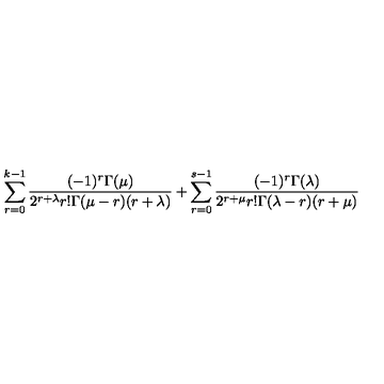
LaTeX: \sum _ { r = 0 } ^ { k - 1 } \frac { ( - 1 ) ^ { r } \Gamma ( \mu ) } { 2 ^ { r + \lambda } r ! \Gamma ( \mu - r ) ( r + \lambda ) } + \sum _ { r = 0 } ^ { s - 1 } \frac { ( - 1 ) ^ { r } \Gamma ( \lambda ) } { 2 ^ { r + \mu } r ! \Gamma ( \lambda - r ) ( r + \mu ) }